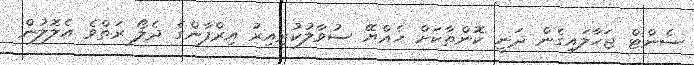
ސެންޓް ޖަހާލައިގެން ދަނީ ކޮންތާކަށް ހެއްޔޭ ސުވާލުކުރިއިރު އިރްފާންގެ ދެލޯ ރަތްވެ އެލޮލުން